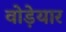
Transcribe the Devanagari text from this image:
वोड़ेयार